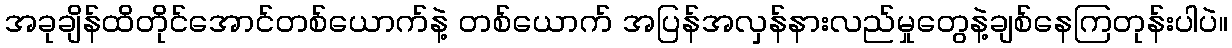
အခုချိန်ထိတိုင်အောင်တစ်ယောက်နဲ့ တစ်ယောက် အပြန်အလှန်နားလည်မှုတွေနဲ့ချစ်နေကြတုန်းပါပဲ။